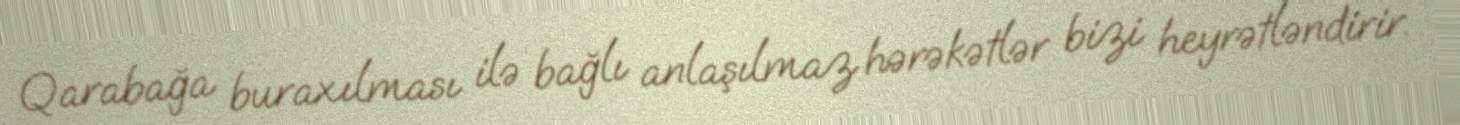
Qarabağa buraxılması ilə bağlı anlaşılmaz hərəkətlər bizi heyrətləndirir.